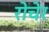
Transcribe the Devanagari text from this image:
रोचेर